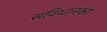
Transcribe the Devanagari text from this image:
संविधानका